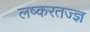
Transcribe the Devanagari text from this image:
लष्करतज्ज्ञ